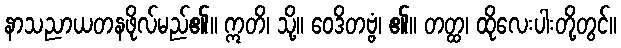
နာသညာယတနဖိုလ်မည်၏။ ဣတိ၊ သို့။ ဝေဒိတဗ္ဗံ၊ ၏။ တတ္ထ၊ ထိုလေးပါးတို့တွင်။